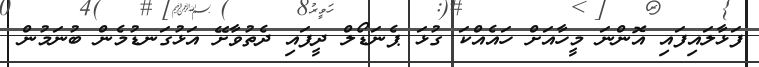
ފަޅާލައިފައި އޮންނަ މީހާއަށް ހައެއްކަ ގުޅަ ޕެނަޑޯލް ދީފައި ދެތުވާށޭ އަޅުގަނޑުމެން ބުނަމުން